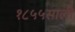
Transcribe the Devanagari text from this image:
१८५५साली